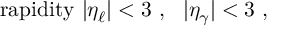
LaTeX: \mathrm { r a p i d i t y ~ } | \eta _ { \ell } | < 3 ~ , ~ ~ | \eta _ { \gamma } | < 3 ~ ,